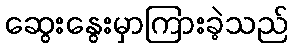
ဆွေးနွေးမှာကြားခဲ့သည်